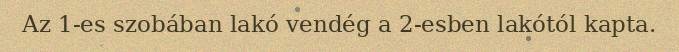
Az 1-es szobában lakó vendég a 2-esben lakótól kapta.